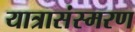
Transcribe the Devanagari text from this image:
यात्रासंस्मरण